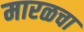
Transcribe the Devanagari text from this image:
मारळचा